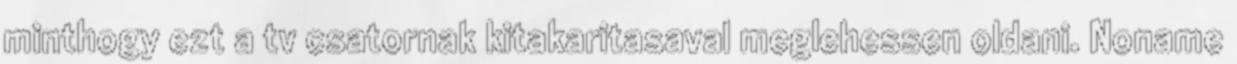
minthogy ezt a tv csatornak kitakaritasaval meglehessen oldani. Noname